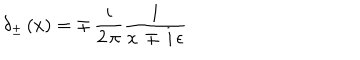
LaTeX: \delta _ { \pm } \, ( x ) = \mp \, { \frac { i } { 2 \, \pi } } { \frac { 1 } { x \, \mp \, i \, \epsilon } }